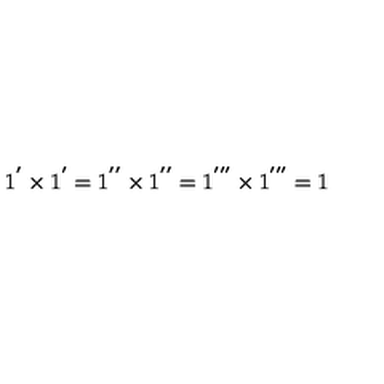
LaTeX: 1 ^ { ' } \times 1 ^ { ' } = 1 ^ { ' ^ { \prime } } \times 1 ^ { ' ^ { \prime } } = 1 ^ { ' ^ { \prime \prime } } \times 1 ^ { ' ^ { \prime \prime } } = 1